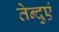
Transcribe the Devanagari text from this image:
तेन्दुएं